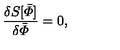
{ \frac { \delta S [ \bar { \mit \Phi } ] } { \delta \bar { \mit \Phi } } } = 0 ,